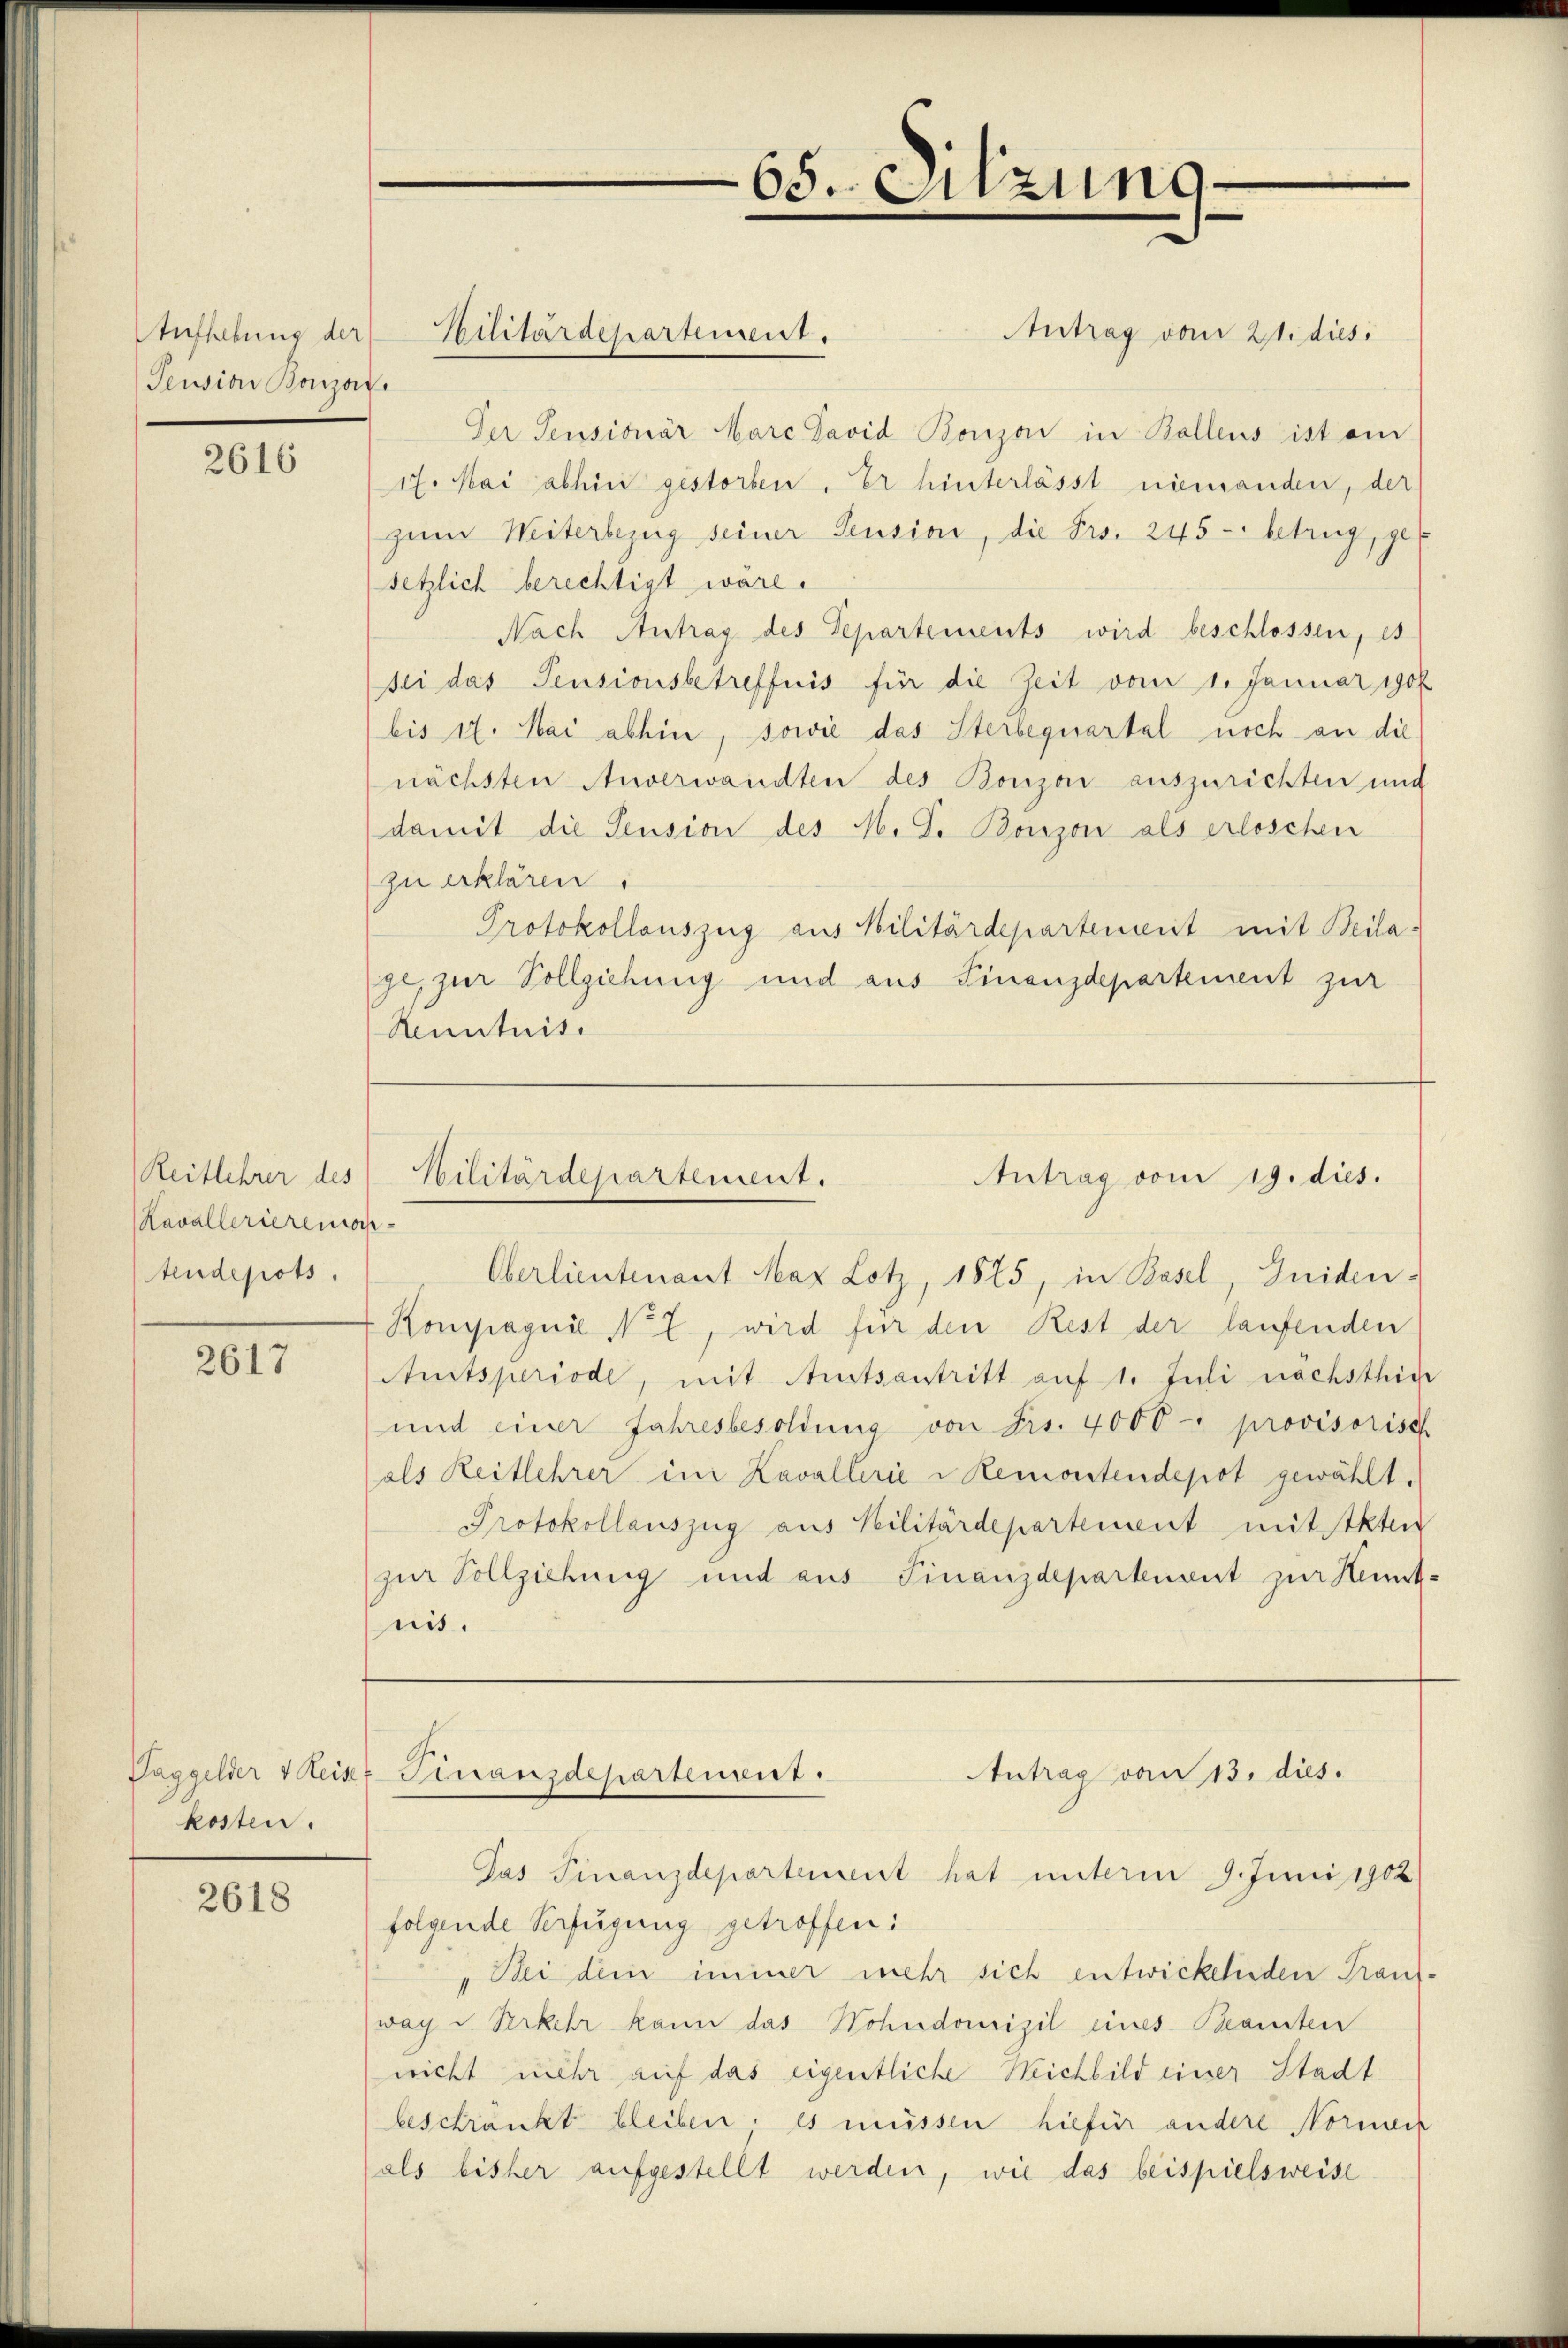
Aufhebung der
Pension Bonzar

2616

Reitlehrer des
Kavallerierena
tendepots.

2617

Taggelder v Reise
kosten.

2618

Hilitärdepartement.

Antrag vom 21. dies
Der Pensionär Marc David Bonzon in Ballens ist ei
17. Mai abhin gestorben. Er hinterlässt niemanden, der
zum Weiterbezug seiner Pension, die Frs. 245 - betrug, ger
setzlich berechtigt wäre.
Nach Antrag des Departements wird beschlossen, es
sei das Pensionsbetreffnis für die Zeit vom 1. Januar 1906
(bis 17. Mai abhin, sowie das Sterbequartal noch an die
nächsten Anverwandten des Bonzen auszurichten und
damit die Pension des M. D. Bonzon als erloschen
zu erklären.
Protokollauszug aus Militärdepartenweit mit Beilage, zur Vollziehung und aus Finanzdepartement zur
Kenntnis.

Oberlieutenant Max Lotz, 1875, in Basel Guiden-
Kompagnie No 2., wird für den Rest der laufenden
Amitsperiode, mit Amtsantritt auf 1. Juli nächsthin
und einer Jahresbesoldung von Frs. 4000 - provisorisch
als Reitlehrer im Kavallerie v Remontendepot gewählt.
Protokollauszug aus Vilitärdepartement mitteten
zur Vollziehung und aus Finanzdepartement zur Kennt-
nis.

65. Sitzung

Militärdepartement.
Antrag vom 19. dies.

Antrag vom 13. dies.
Finanzdepartenbit

Jas Finanzdepartement hat unterm 9. Juni 1902
folgende Verfügung getroffen:
„Bei dem immer mehr sich entwickelnden Taufway d. Verkehr kann das Wohndomizil eines Beamten
nicht mehr auf das eigentliche Reichbild einer Stadt
beschränkt bleiben, es müssen hiefür andere Normen
als bisher aufgestellt werden, wie das beispielsweise